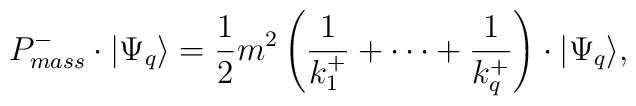
P^-_{mass} \cdot \vert \Psi_q \rangle  = \frac{1}{2} m^2 \left(\frac{1}{k_1^+} + \cdots + \frac{1}{k_q^+} \right)\cdot \vert  \Psi_q \rangle,